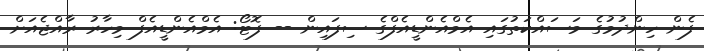
ފެން ހިންދުމުގެ މަސައްކަތުގައި އެމްއެންޑީއެފްގެ ސިފައިން -- ފޮޓޯ: އެމްއެންޑީއެފް މިހާރު ރާއްޖެއަށް